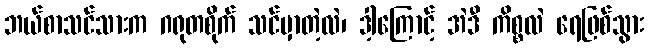
ဘယ်စာသင်သားက ဂရုတစိုက် သင်မှာတဲ့လဲ၊ ဒါ့ကြောင့် အဲဒီ ကိစ္စလဲ ရေဖြစ်သွား